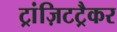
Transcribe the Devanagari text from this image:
ट्रांज़िटट्रैकर